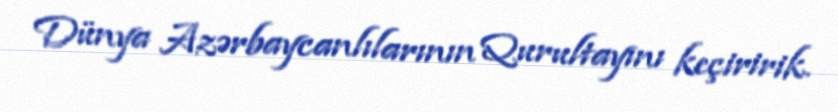
Dünya Azərbaycanlılarının Qurultayını keçiririk.